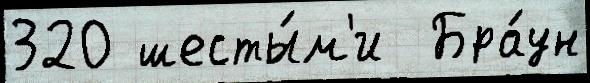
320 шесты́м'и  Бра́ун